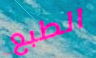
الطبع